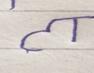
Signature authenticity: forged